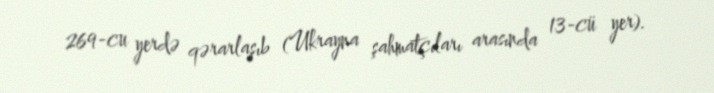
269-cu yerdə qərarlaşıb (Ukrayna şahmatçıları arasında 13-cü yer).